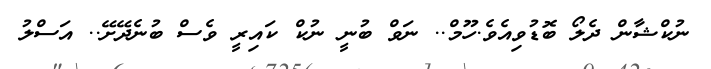
ނުކްޝާން ދެލޯ ބޮޑުވިއެވެ.ހޫމް.. ނަވް ބުނީ ނުކް ކައިރީ ވެސް ބުނެދޭށޭ.. އަސްލު